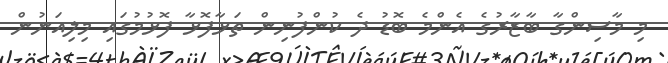
މި މާސިންގާ ބާޒާރުގެ އެންމެ ބޮޑު ދެ ކުންފުނިން ތަޅާފޮޅާ ފޮޅުމުގައި މިލިއަނުން